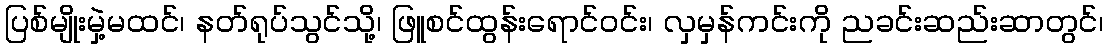
ပြစ်မျိုးမှဲ့မထင်၊ နတ်ရုပ်သွင်သို့၊ ဖြူစင်ထွန်းရောင်ဝင်း၊ လှမှန်ကင်းကို ညခင်းဆည်းဆာတွင်၊